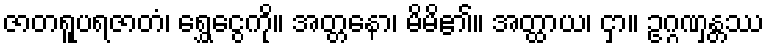
ဇာတရူပရဇာတံ၊ ရွှေငွေကို။ အတ္တနော၊ မိမိ၏။ အတ္ထာယ၊ ငှာ။ ဥဂ္ဂဏှန္တဿ